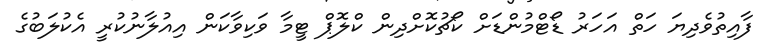
ފާއިތުވެދިޔަ ހަތް އަހަރު ޑޯޓްމުންޑަށް ކޯޗުކޮށްދިން ކްލޮޕް ޓީމާ ވަކިވާކަން އިއުލާނުކުރީ އެކުލަބުގެ